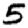
Digit: 5